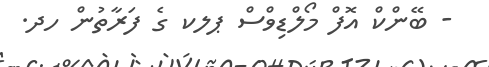
- ބޭންކް އޮފް މޯލްޑިވްސް ޕލކ ގެ ފަރާތުން ހދ.